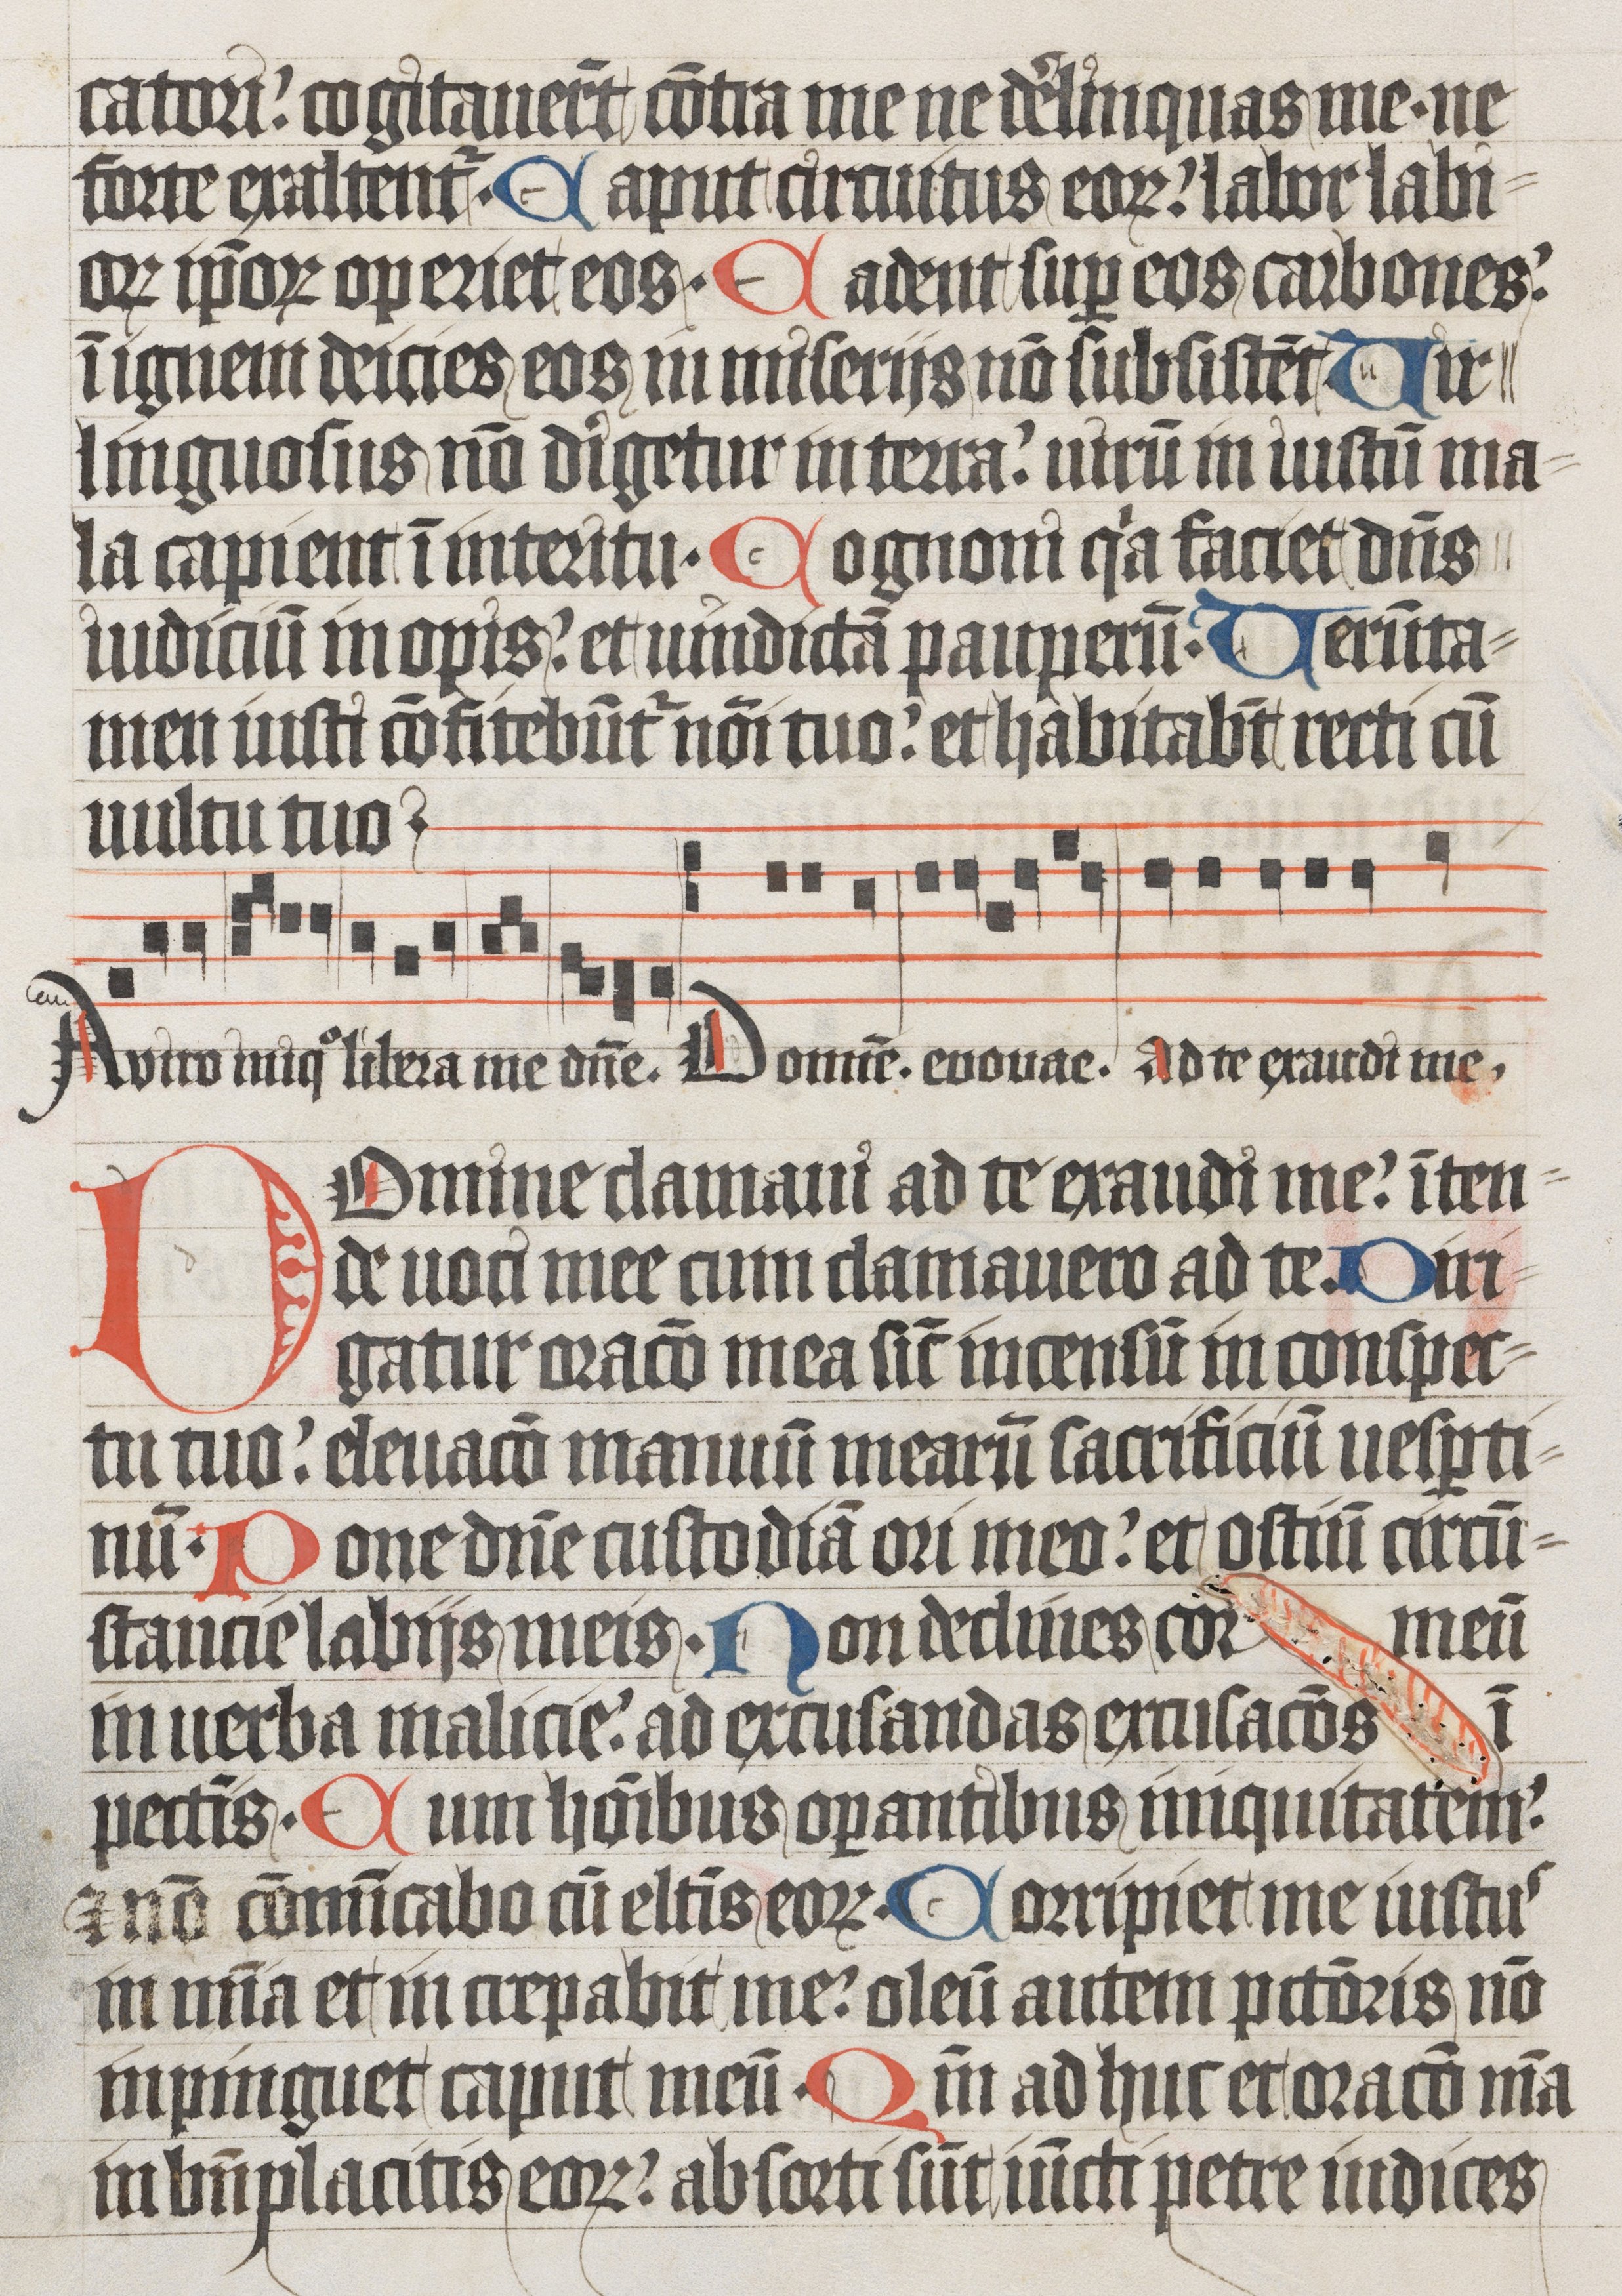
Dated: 1485–1515